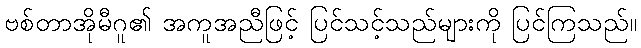
ဗစ်တာအိုမီဂူ၏ အကူအညီဖြင့် ပြင်သင့်သည်များကို ပြင်ကြသည်။